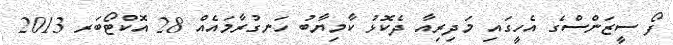
ފޯ ސީޒަންސްގެ އެހީގައި މަދިރިއާ ދެކޮޅު ކާމިޔާބު ހަނގުރާމައެއް 28 އޮކްޓޯބަރ 2013